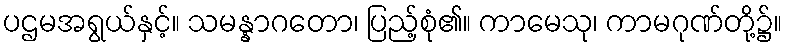
ပဌမအရွယ်နှင့်။ သမန္နာဂတော၊ ပြည့်စုံ၏။ ကာမေသု၊ ကာမဂုဏ်တို့၌။